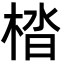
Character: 㭼